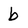
Character: b